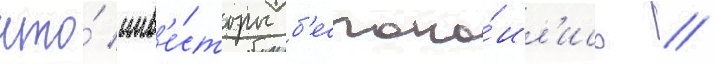
что́ инв'е́сторы б'еспоко́ил'ись /